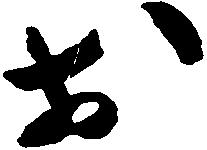
於